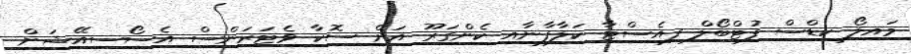
މައިލޯ ކިޑްސް ފުޓްބޯލް ފިއެސްޓާ ކަލާފާނާއި ކެންގަރޫ އަށް ސޮކާ ވެޓަރަންސް އެސޯސިއޭޝަން